Vaccine operations Central Provinces 1886-1899 - 1886-1899
Year: 1886
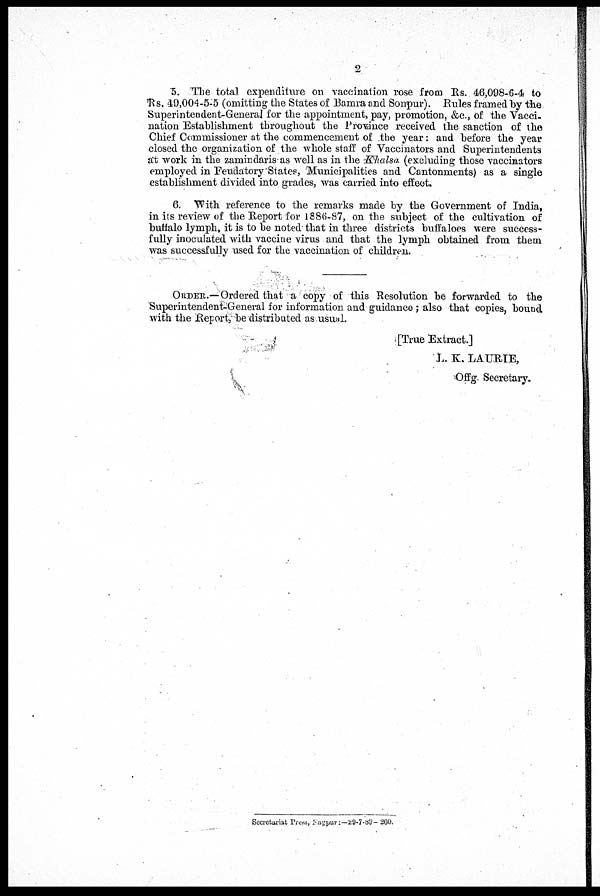
2
5. The total expenditure on vaccination rose from Rs. 46,098-6-4 to
Rs. 49,004-5-5 (omitting the States of Bamra and Sonpur). Rules framed by the
Superintendent-General for the appointment, pay, promotion, &c., of the Vacci-
nation Establishment throughout the Province received the sanction of the
Chief Commissioner at the commencement of the year: and before the year
closed the organization of the whole staff of Vaccinators and Superintendents
at work in the zamindaris as well as in the Khalsa (excluding those vaccinators
employed in Feudatory States, Municipalities and Cantonments) as a single
establishment divided into grades, was carried into effect.
6. With reference to the remarks made by the Government of India,
in its review of the Report for 1886-87, on the subject of the cultivation of
buffalo lymph, it is to be noted that in three districts buffaloes were success-
fully inoculated with vaccine virus and that the lymph obtained from them
was successfully used for the vaccination of children.
ORDER.—Ordered that a copy of this Resolution be forwarded to the
Superintendent-General for information and guidance; also that copies, bound
with the Report, be distributed as usual.
[True Extract.]
L. K. LAURIE,
Offg. Secretary.
Secretariat Press, Nagpur:—29-7-89- 260.